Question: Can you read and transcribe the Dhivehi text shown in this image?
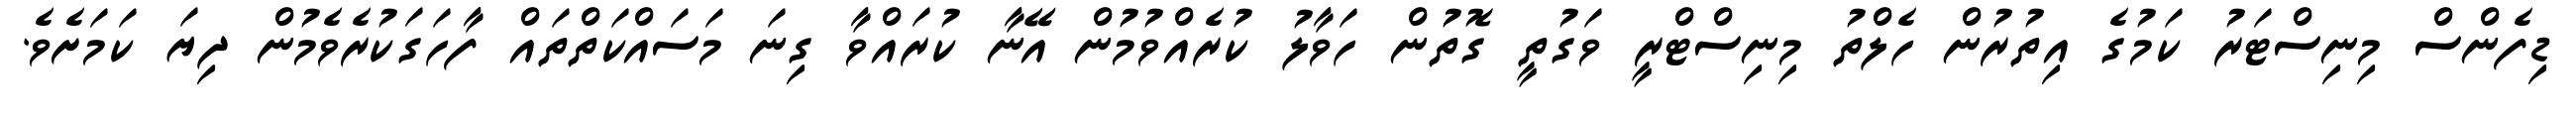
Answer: ޑިފެންސް މިނިސްޓަރު ކަމުގެ އިތުރުން ހެލްތު މިނިސްޓްރީ ވަގުތީ ގޮތުން ހަވާލު ކުރެއްވުމުން އޭނާ ކުރައްވާ ގިނަ މަސައްކަތްތައް ފާހަގަކުރެވެމުން ދިޔަ ކަމަށެވެ.